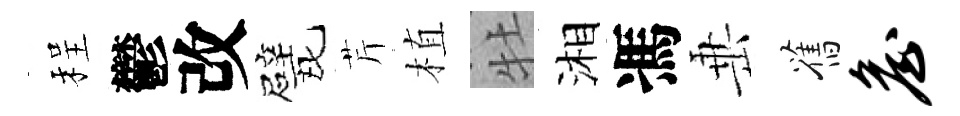
程鬱改戏芹植牡湘馮𡸁舊詹